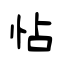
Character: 怗